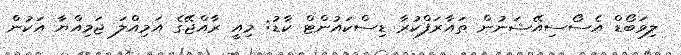
ލިވަބޯޑް އެސޯސިއޭޝަނުން ތައާރަފްކުރާ ޑިސްކައުންޓް ކާޑު: މިއީ ރާއްޖޭގެ އަމިއްލަ ޖަމިއްޔާ އަކުން